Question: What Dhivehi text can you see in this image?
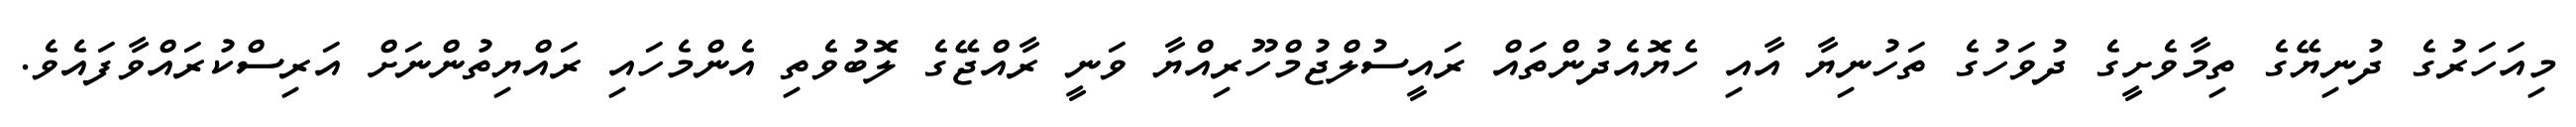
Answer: މިއަހަރުގެ ދުނިޔޭގެ ތިމާވެށީގެ ދުވަހުގެ ތަހުނިޔާ އާއި ހެޔޮއެދުންތައް ރައީސުލްޖުމްހޫރިއްޔާ ވަނީ ރާއްޖޭގެ ލޮބުވެތި އެންމެހައި ރައްޔިތުންނަށް އަރިސްކުރައްވާފައެވެ.